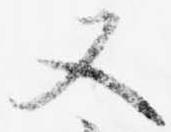
又